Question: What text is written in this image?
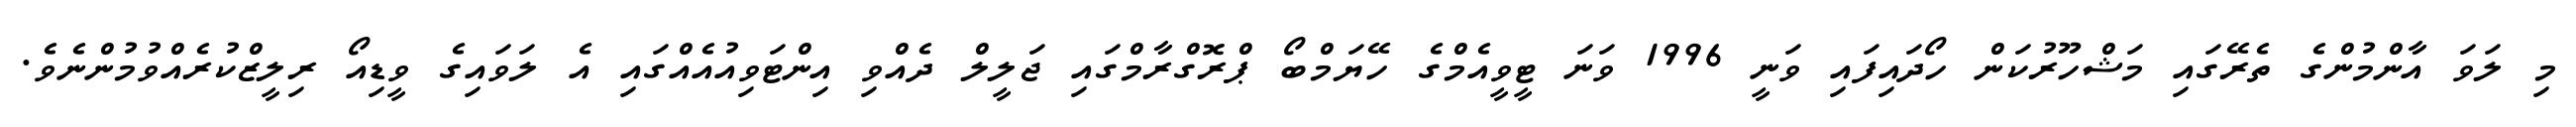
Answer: މި ލަވަ އާންމުންގެ ތެރޭގައި މަޝްހޫރުކަން ހޯދައިފައި ވަނީ 1996 ވަނަ ޓީވީއެމްގެ ހޭޔަމްބޯ ޕްރޮގްރާމްގައި ޖަލީލް ދެއްވި އިންޓަވިއުއެއްގައި އެ ލަވައިގެ ވީޑިއޯ ރިލީޒްކުރެއްވުމުންނެވެ.